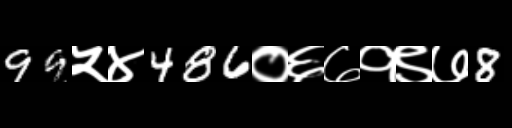
Text: 99५४486०६७१९७8